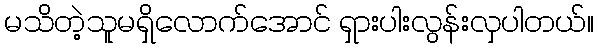
မသိတဲ့သူမရှိလောက်အောင် ရှားပါးလွန်းလှပါတယ်။